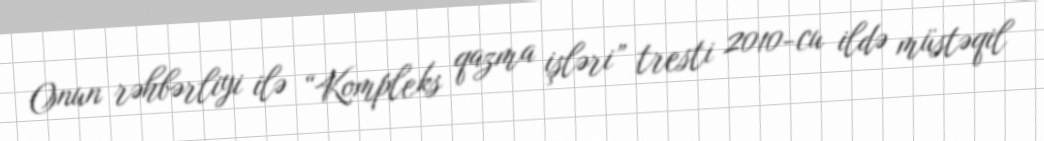
Onun rəhbərliyi ilə “Kompleks qazma işləri” tresti 2010-cu ildə müstəqil